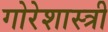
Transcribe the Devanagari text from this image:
गोरेशास्त्री